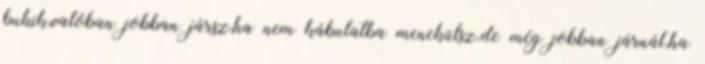
bukik,valóban jobban jársz,ha nem kábulatba menekülsz.de még jobban járnál,ha